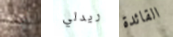
إبنه ريدلي القائدة